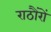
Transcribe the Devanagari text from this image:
राठौंरों